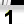
Digit: 1